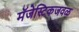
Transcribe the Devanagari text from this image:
मॅजेस्टिकजवळ